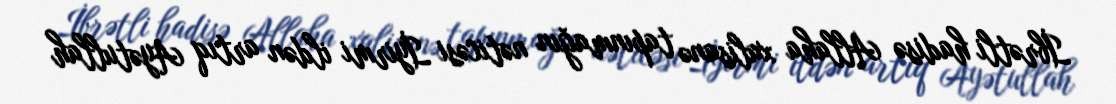
İbrətli hadisə Allaha xalisanə tapınmağın nəticəsi İyirmi ildən artıq Ayətullah